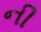
ની